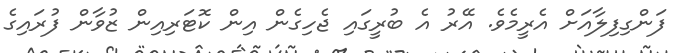
ފަންގިފިލާއަށް އެރީމެވެ. އޭރު އެ ބުރީގައި ޖެހިގެން އިން ކޮޓަރިއިން ޒުވާން ފުރައިގެ